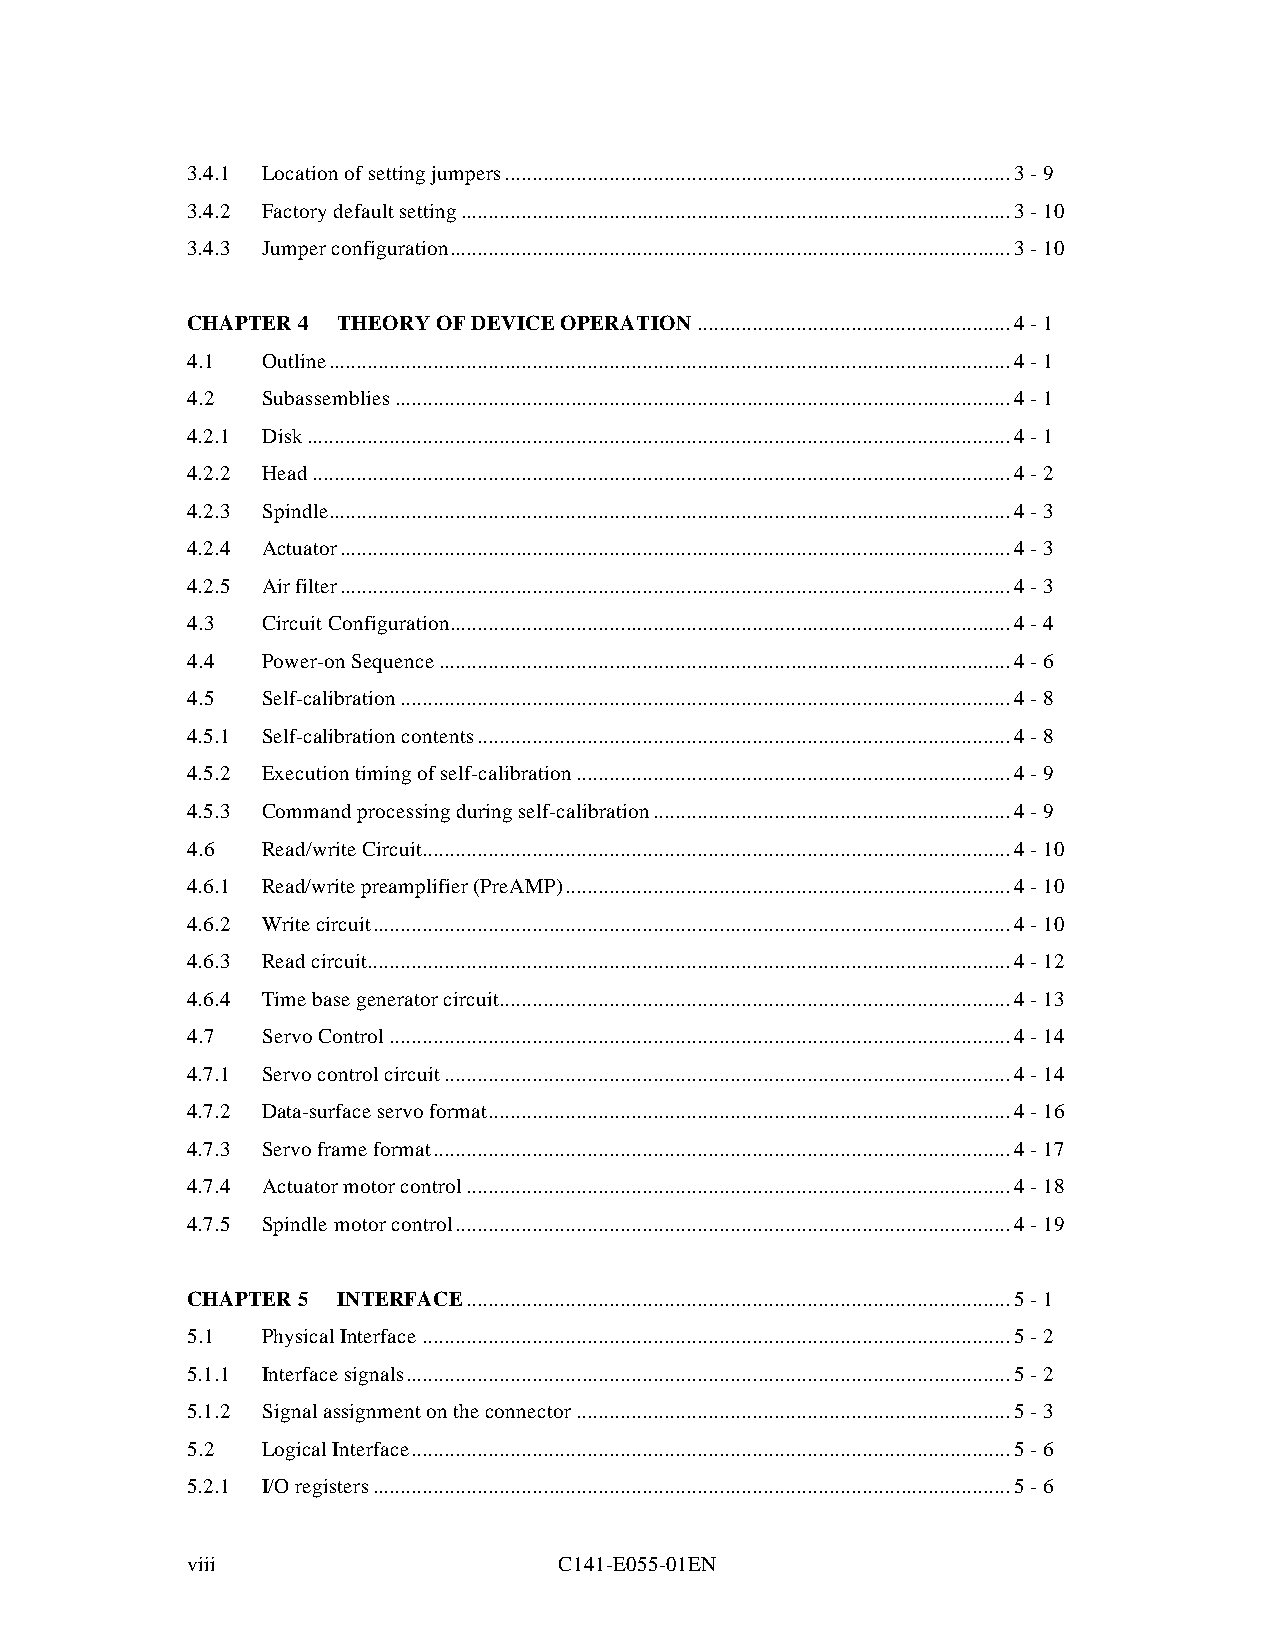
3.4.1 Location of setting jumpers ............................................................................................ 3 - 9
 3.4.2 Factory default setting ....................................................................................................3 - 10
 3.4.3 Jumper configuration ......................................................................................................3 - 10
 CHAPTER 4 THEORY OF DEVICE OPERATION ......................................................... 4 - 1
 4.1  Outline............................................................................................................................ 4 - 1
 4.2  Subassemblies ................................................................................................................ 4 - 1
 4.2.1 Disk................................................................................................................................ 4 - 1
 4.2.2 Head............................................................................................................................... 4 - 2
 4.2.3 Spindle............................................................................................................................ 4 - 3
 4.2.4 Actuator.......................................................................................................................... 4 - 3
 4.2.5 Air filter.......................................................................................................................... 4 - 3
 4.3  Circuit Configuration......................................................................................................4 - 4
 4.4  Power-on Sequence ........................................................................................................4 - 6
 4.5  Self-calibration ...............................................................................................................4 - 8
 4.5.1 Self-calibration contents .................................................................................................4 - 8
 4.5.2 Execution timing of self-calibration ...............................................................................4 - 9
 4.5.3 Command processing during self-calibration .................................................................4 - 9
 4.6  Read/write Circuit...........................................................................................................4 - 10
 4.6.1 Read/write preamplifier (PreAMP) ................................................................................. 4 - 10
 4.6.2 Write circuit.................................................................................................................... 4 - 10
 4.6.3 Read circuit..................................................................................................................... 4 - 12
 4.6.4 Time base generator circuit ............................................................................................. 4 - 13
 4.7  Servo Control ................................................................................................................. 4 - 14
 4.7.1 Servo control circuit .......................................................................................................4 - 14
 4.7.2 Data-surface servo format ............................................................................................... 4 - 16
 4.7.3 Servo frame format .........................................................................................................4 - 17
 4.7.4 Actuator motor control ...................................................................................................4 - 18
 4.7.5 Spindle motor control .....................................................................................................4 - 19
 CHAPTER 5 INTERFACE...................................................................................................5 - 1
 5.1  Physical Interface ...........................................................................................................5 - 2
 5.1.1 Interface signals..............................................................................................................5 - 2
 5.1.2 Signal assignment on the connector ...............................................................................5 - 3
 5.2  Logical Interface.............................................................................................................5 - 6
 5.2.1 I/O registers .................................................................................................................... 5 - 6
 viii                     C141-E055-01EN